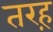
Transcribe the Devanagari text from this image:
तरह़